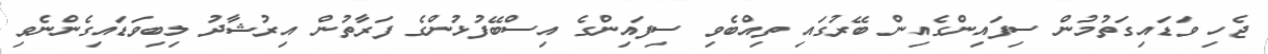
ޖެހި ވަޑައިގަތުމުން ސިފައިންގެއިން ބޭރުގައި ތިއްބެވި ސިފައިންގެ އިސްބޭފުޅުންގެ ފަރާތުން އިރުޝާދު ލިބިވަޑައިގެންނެވި